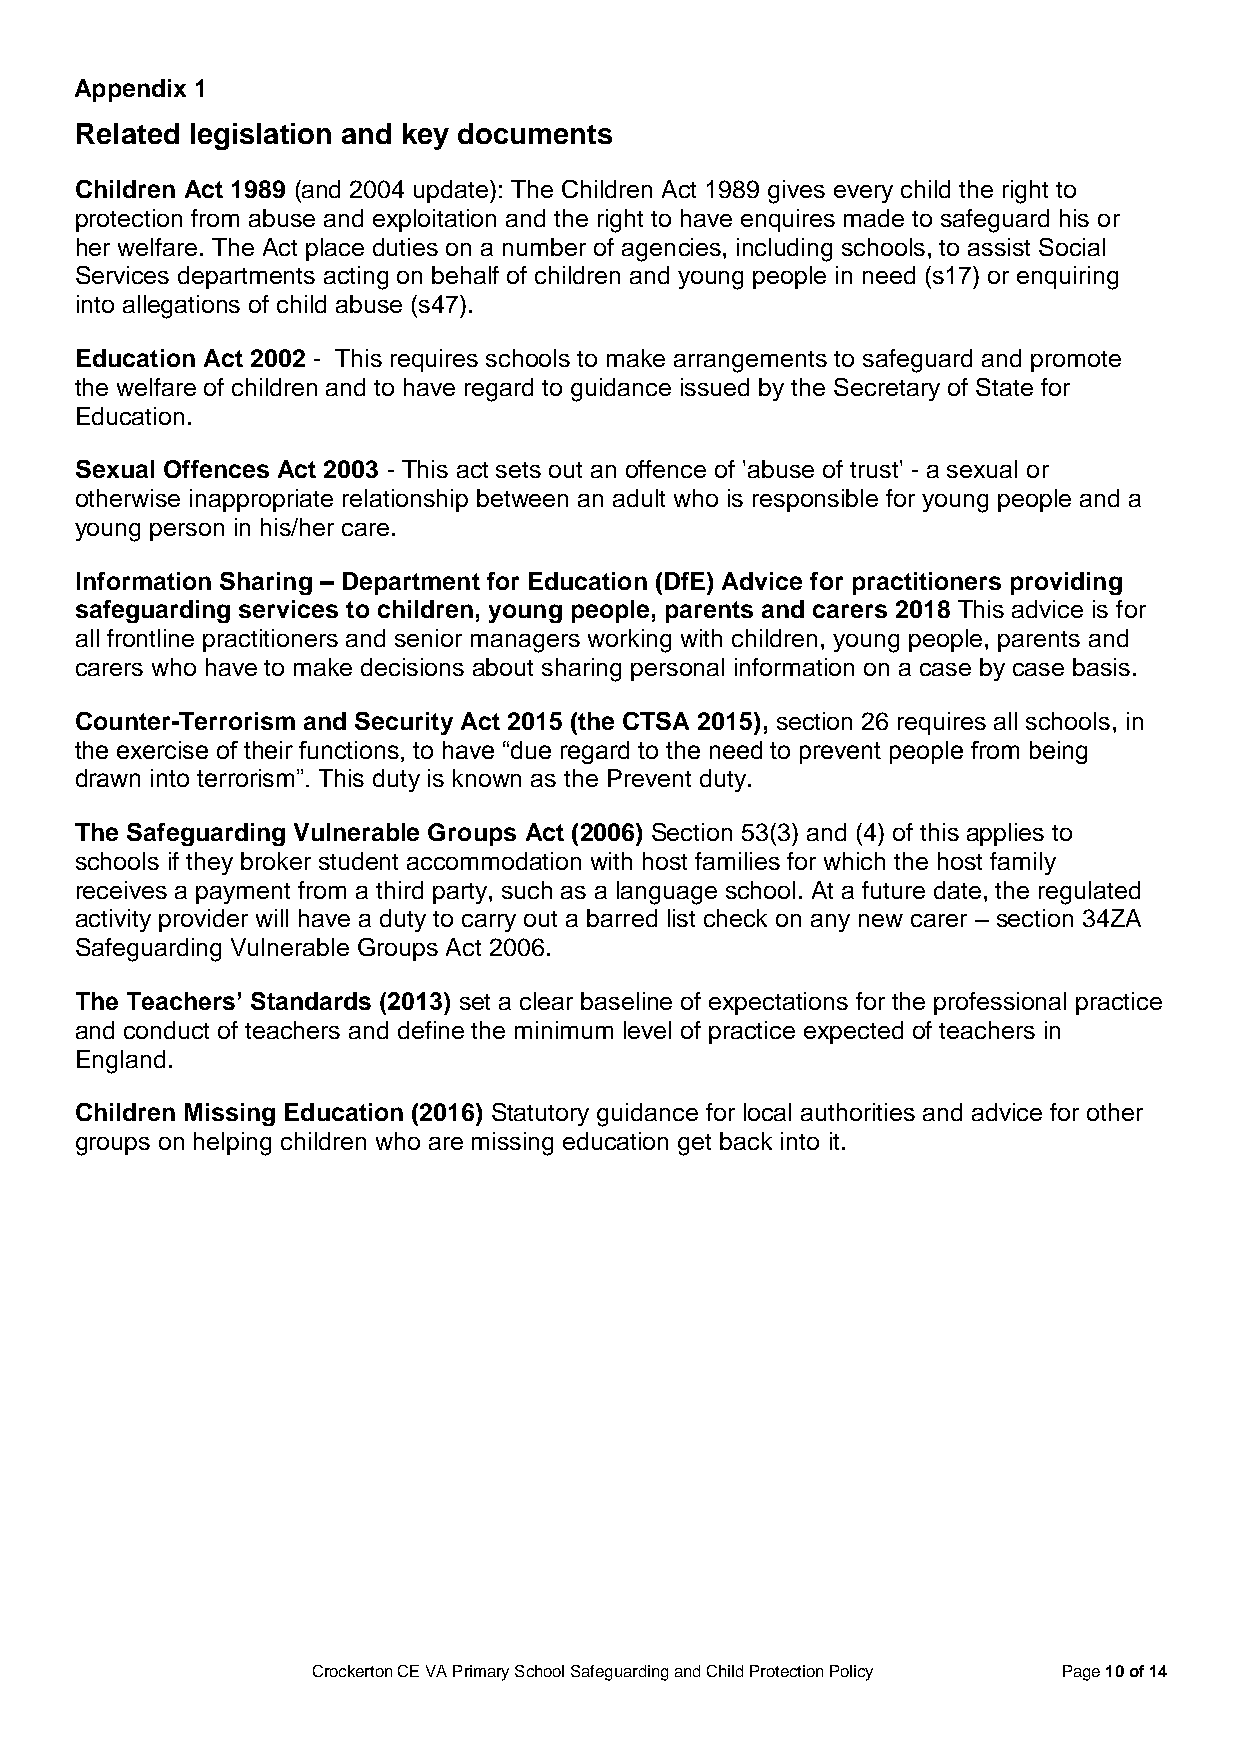
A ppendix 1
 Related legislation and key documents
 Children Act 1989 (and 2004 update): The Children Act 1989 gives every child the right to
 protection from abuse and exploitation and the right to have enquires made to safeguard his or
 her welfare. The Act place duties on a number of agencies, including schools, to assist Social
 Services departments acting on behalf of children and young people in need (s17) or enquiring
 into allegations of child abuse (s47).
 Education Act 2002 - This requires schools to make arrangements to safeguard and promote
 the welfare of children and to have regard to guidance issued by the Secretary of State for
 Education.
 Sexual Offences Act 2003 - This act sets out an offence of 'abuse of trust' - a sexual or
 otherwise inappropriate relationship between an adult who is responsible for young people and a
 young person in his/her care.
 Information Sharing – Department for Education (DfE) Advice for practitioners providing
 safeguarding services to children, young people, parents and carers 2018 This advice is for
 all frontline practitioners and senior managers working with children, young people, parents and
 carers who have to make decisions about sharing personal information on a case by case basis.
 Counter-Terrorism and Security Act 2015 (the CTSA 2015), section 26 requires all schools, in
 the exercise of their functions, to have “due regard to the need to prevent people from being
 drawn into terrorism”. This duty is known as the Prevent duty.
 The Safeguarding Vulnerable Groups Act (2006) Section 53(3) and (4) of this applies to
 schools if they broker student accommodation with host families for which the host family
 receives a payment from a third party, such as a language school. At a future date, the regulated
 activity provider will have a duty to carry out a barred list check on any new carer – section 34ZA
 Safeguarding Vulnerable Groups Act 2006.
 The Teachers’ Standards (2013) set a clear baseline of expectations for the professional practice
 and conduct of teachers and define the minimum level of practice expected of teachers in
 England.
 Children Missing Education (2016) Statutory guidance for local authorities and advice for other
 groups on helping children who are missing education get back into it.
 Crockerton CE VA Primary School Safeguarding and Child Protection Policy Page 10 of 14